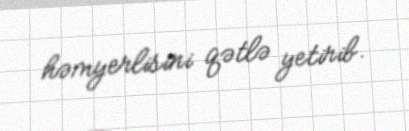
həmyerlisini qətlə yetirib.